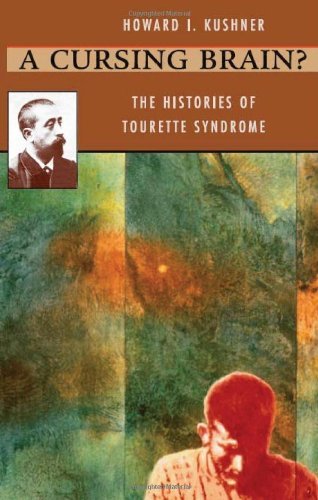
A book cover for A Cursing Brain? Histories of Tourette Syndrome (Paperback, 2000); Howard I. Kushner; Health, Fitness & Dieting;